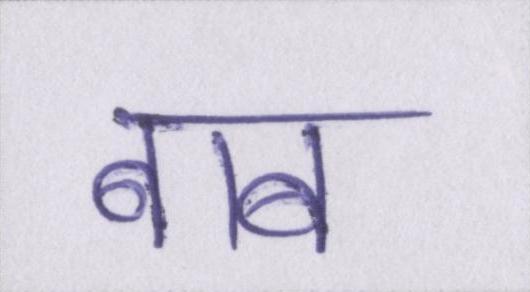
बाब